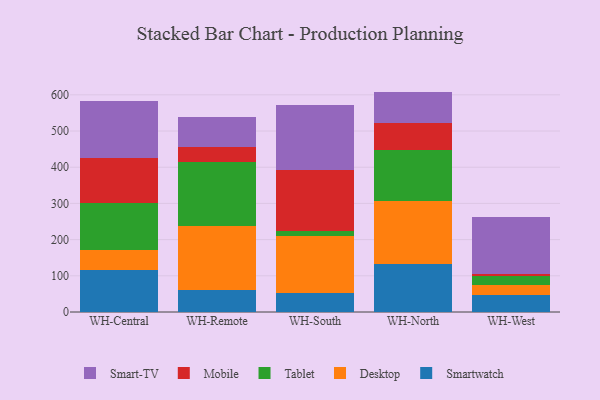
{"axis": {"x": "Warehouse", "y": "Gross Profit (USD K)"}, "legend": ["Desktop", "Mobile", "Smart-TV", "Smartwatch", "Tablet"], "data": [{"x": "WH-Central", "y": 115.3, "type": "Smartwatch"}, {"x": "WH-Central", "y": 56.9, "type": "Desktop"}, {"x": "WH-Central", "y": 127.8, "type": "Tablet"}, {"x": "WH-Central", "y": 126.6, "type": "Mobile"}, {"x": "WH-Central", "y": 155.6, "type": "Smart-TV"}, {"x": "WH-Remote", "y": 61.6, "type": "Smartwatch"}, {"x": "WH-Remote", "y": 175.7, "type": "Desktop"}, {"x": "WH-Remote", "y": 178.2, "type": "Tablet"}, {"x": "WH-Remote", "y": 39.5, "type": "Mobile"}, {"x": "WH-Remote", "y": 84.9, "type": "Smart-TV"}, {"x": "WH-South", "y": 52.3, "type": "Smartwatch"}, {"x": "WH-South", "y": 159.0, "type": "Desktop"}, {"x": "WH-South", "y": 12.7, "type": "Tablet"}, {"x": "WH-South", "y": 168.3, "type": "Mobile"}, {"x": "WH-South", "y": 178.9, "type": "Smart-TV"}, {"x": "WH-North", "y": 133.1, "type": "Smartwatch"}, {"x": "WH-North", "y": 172.4, "type": "Desktop"}, {"x": "WH-North", "y": 141.9, "type": "Tablet"}, {"x": "WH-North", "y": 74.3, "type": "Mobile"}, {"x": "WH-North", "y": 87.2, "type": "Smart-TV"}, {"x": "WH-West", "y": 47.6, "type": "Smartwatch"}, {"x": "WH-West", "y": 26.9, "type": "Desktop"}, {"x": "WH-West", "y": 24.2, "type": "Tablet"}, {"x": "WH-West", "y": 7.2, "type": "Mobile"}, {"x": "WH-West", "y": 157.2, "type": "Smart-TV"}]}